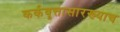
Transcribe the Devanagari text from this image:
कर्कवृत्तासारख्याच